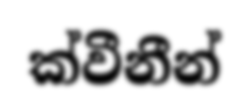
ක්වීනීන්